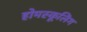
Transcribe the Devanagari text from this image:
होमस्कूलिंग